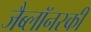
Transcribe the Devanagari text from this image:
जैब्लाॅनस्की